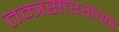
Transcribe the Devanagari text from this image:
तन्त्रसारसंग्रह